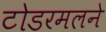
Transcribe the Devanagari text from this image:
टोडरमलने